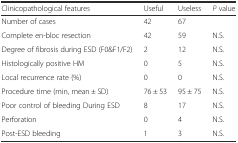
<table><thead><tr><td><b>Clinicopathological features</b></td><td><b>Useful</b></td><td><b>Useless</b></td><td><b><i>P</i> value</b></td></tr></thead><tbody><tr><td>Number of cases</td><td>42</td><td>67</td><td></td></tr><tr><td>Complete en-bloc resection</td><td>42</td><td>59</td><td>N.S.</td></tr><tr><td>Degree of fibrosis during ESD (F0&amp;F1/F2)</td><td>2</td><td>12</td><td>N.S.</td></tr><tr><td>Histologically positive HM</td><td>0</td><td>5</td><td>N.S.</td></tr><tr><td>Local recurrence rate (%)</td><td>0</td><td>0</td><td>N.S.</td></tr><tr><td>Procedure time (min, mean ± SD)</td><td>76 ± 53</td><td>95 ± 75</td><td>N.S.</td></tr><tr><td>Poor control of bleeding During ESD</td><td>8</td><td>17</td><td>N.S.</td></tr><tr><td>Perforation</td><td>0</td><td>4</td><td>N.S.</td></tr><tr><td>Post-ESD bleeding</td><td>1</td><td>3</td><td>N.S.</td></tr></tbody></table>